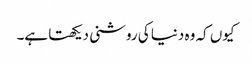
کیوں کہ وہ دنیا کی روشنی دیکھتا ہے۔